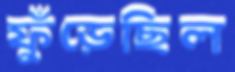
ফুঁড়েছিল